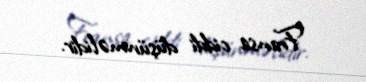
Fransa ciddi düşünməlidir.